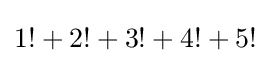
1!+2!+3!+4!+5!